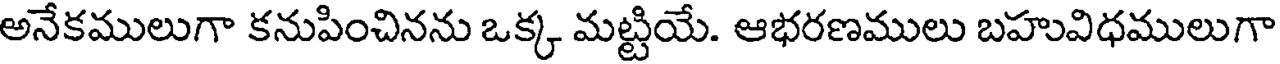
అనేకములుగా కనుపించినను ఒక్క మట్టియే. ఆభరణములు బహువిధములుగా